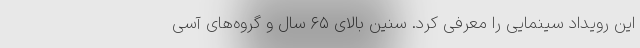
این رویداد سینمایی را معرفی کرد. سنین بالای ۶۵ سال و گروه‌های آسی